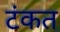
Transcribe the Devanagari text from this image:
टंकत